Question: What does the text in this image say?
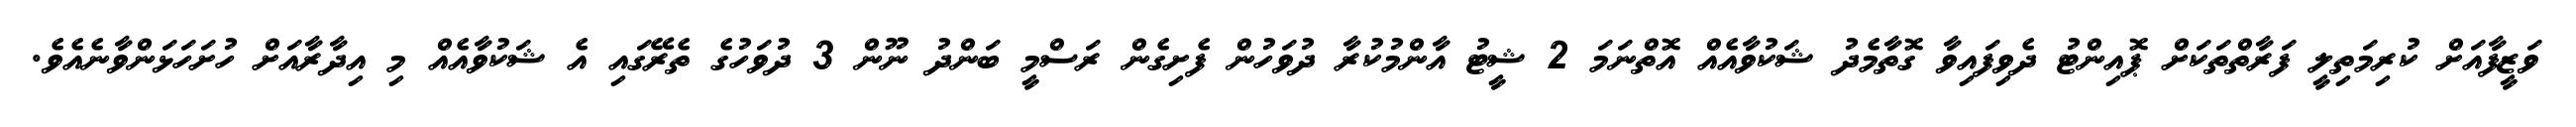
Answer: ވަޒީފާއަށް ކުރިމަތިލީ ފަރާތްތަކަށް ޕޮއިންޓު ދެވިފައިވާ ގޮތާމެދު ޝަކުވާއެއް އޮތްނަމަ 2 ޝީޓު އާންމުކުރާ ދުވަހުން ފެށިގެން ރަސްމީ ބަންދު ނޫން 3 ދުވަހުގެ ތެރޭގައި އެ ޝަކުވާއެއް މި އިދާރާއަށް ހުށަހަޅަންވާނެއެވެ.